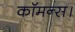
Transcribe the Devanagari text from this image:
कॉमन्स।